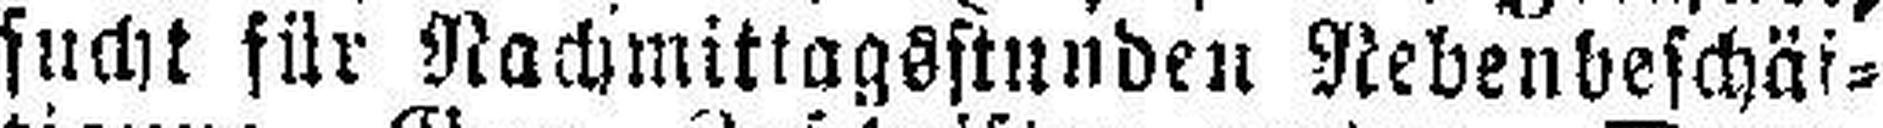
sucht für Nachmittagsstunden Nebenbeschäf¬